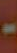
-